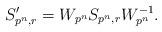
LaTeX: \begin{align*}S_{p^n,r}'=W_{p^n}S_{p^n,r}W_{p^n}^{-1}.\end{align*}